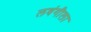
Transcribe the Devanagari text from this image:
लवंगीला